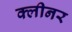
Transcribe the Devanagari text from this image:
क्‍लीनर